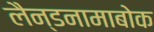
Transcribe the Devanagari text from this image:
लैन्डनामाबोक